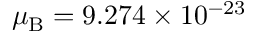
{ \ensuremath { \mu _ { \mathrm { B } } } } = 9 . 2 7 4 \times 1 0 ^ { - 2 3 }